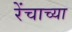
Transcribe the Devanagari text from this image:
रेंचाच्या